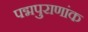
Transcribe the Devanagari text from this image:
पद्मपुराणांक